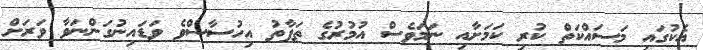
އެކުގައި މަސައްކަތް ކުރި ކަމަށާއި ނަމަވެސް އުމުރުގެ ތަފާތު އިހުސާސްވެ ވަޑައިނުގަންނަވާ ވަރަށް